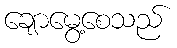
ချောမွေ့စေသည်